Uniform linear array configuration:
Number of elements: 32
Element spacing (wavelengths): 0.25
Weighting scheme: cosine
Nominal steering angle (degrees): -60
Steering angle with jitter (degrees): -61.573
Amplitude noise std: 0.05
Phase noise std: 0.05

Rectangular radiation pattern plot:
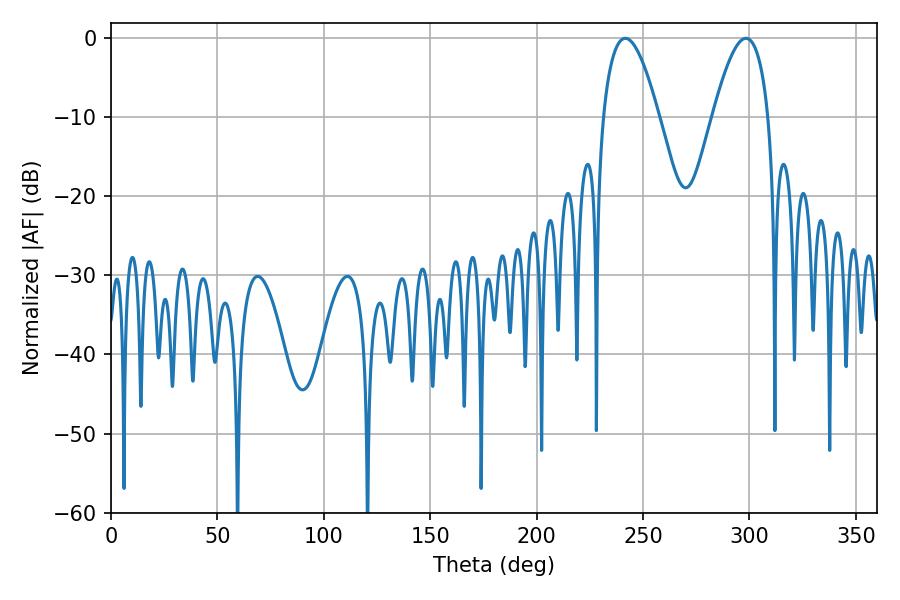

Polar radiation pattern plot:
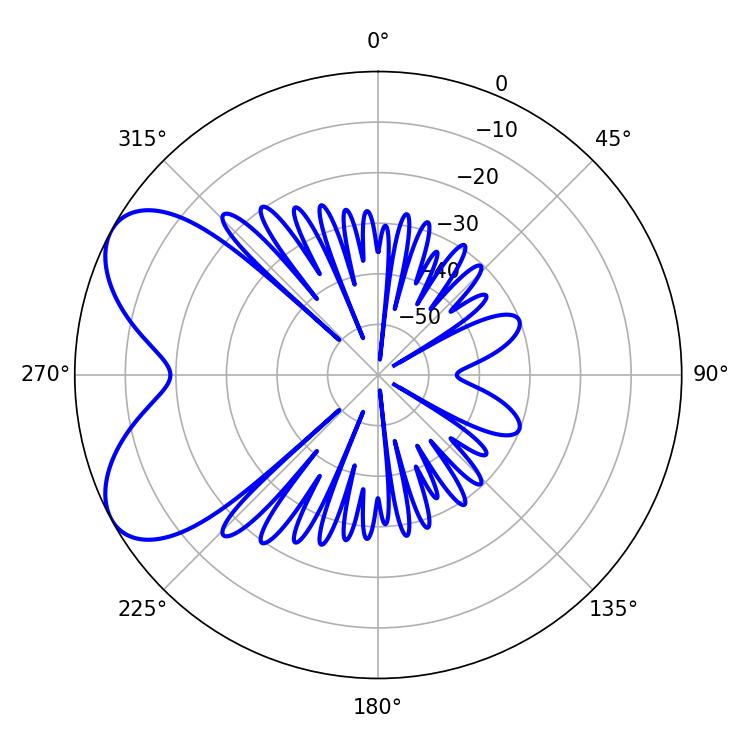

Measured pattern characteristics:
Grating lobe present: FALSE
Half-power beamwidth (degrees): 14.4
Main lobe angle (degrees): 241.56